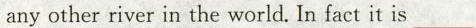
any other river in the world. In fact it is___